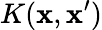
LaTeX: K(\mathbf{x},\mathbf{x}^{\prime})